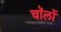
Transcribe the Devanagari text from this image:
चॉलों